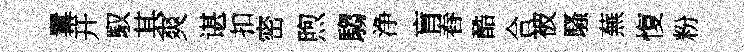
羃开馭其爽谌扣密煦騶浄肓舂酷合被騷蕪愎粉